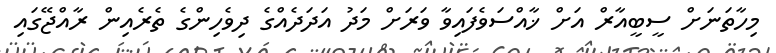
މިހާތަނަށް ސީބީއާރް އަށް ޚާއްސަވެފައިވާ ވަރަށް މަދު އަދަދެއްގެ ދިވެހިންގެ ތެރެއިން ރާއްޖޭގައި